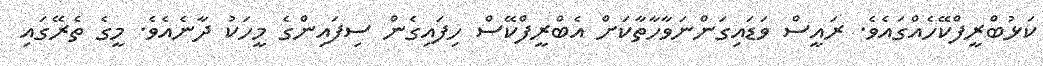
ކަޅުބްރީފްކޭހެއްގައެވެ. ރައީސް ވަޑައިގަންނަވާހާތާކަށް އެބްރީފްކޭސް ހިފައިގެން ސިފައިންގެ މީހަކު ދާނެއެވެ. މީގެ ތެރޭގައި